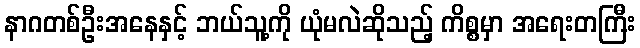
နာဂတစ်ဦးအနေနှင့် ဘယ်သူ့ကို ယုံမလဲဆိုသည့် ကိစ္စမှာ အရေးတကြီး